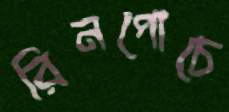
রিনপোচে